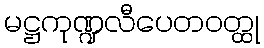
မဋ္ဌကုဏ္ဍလီပေတဝတ္ထု